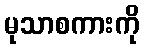
မုသာစကားကို